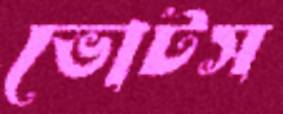
ভোটস